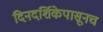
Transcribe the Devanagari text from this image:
दिनदर्शिकेपासूनच